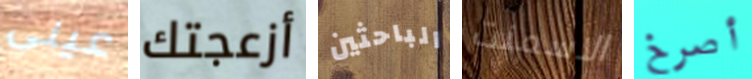
عينى أزعجتك الباحثين الاسمنت أصرخ